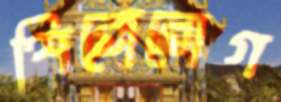
শিরোরোগ